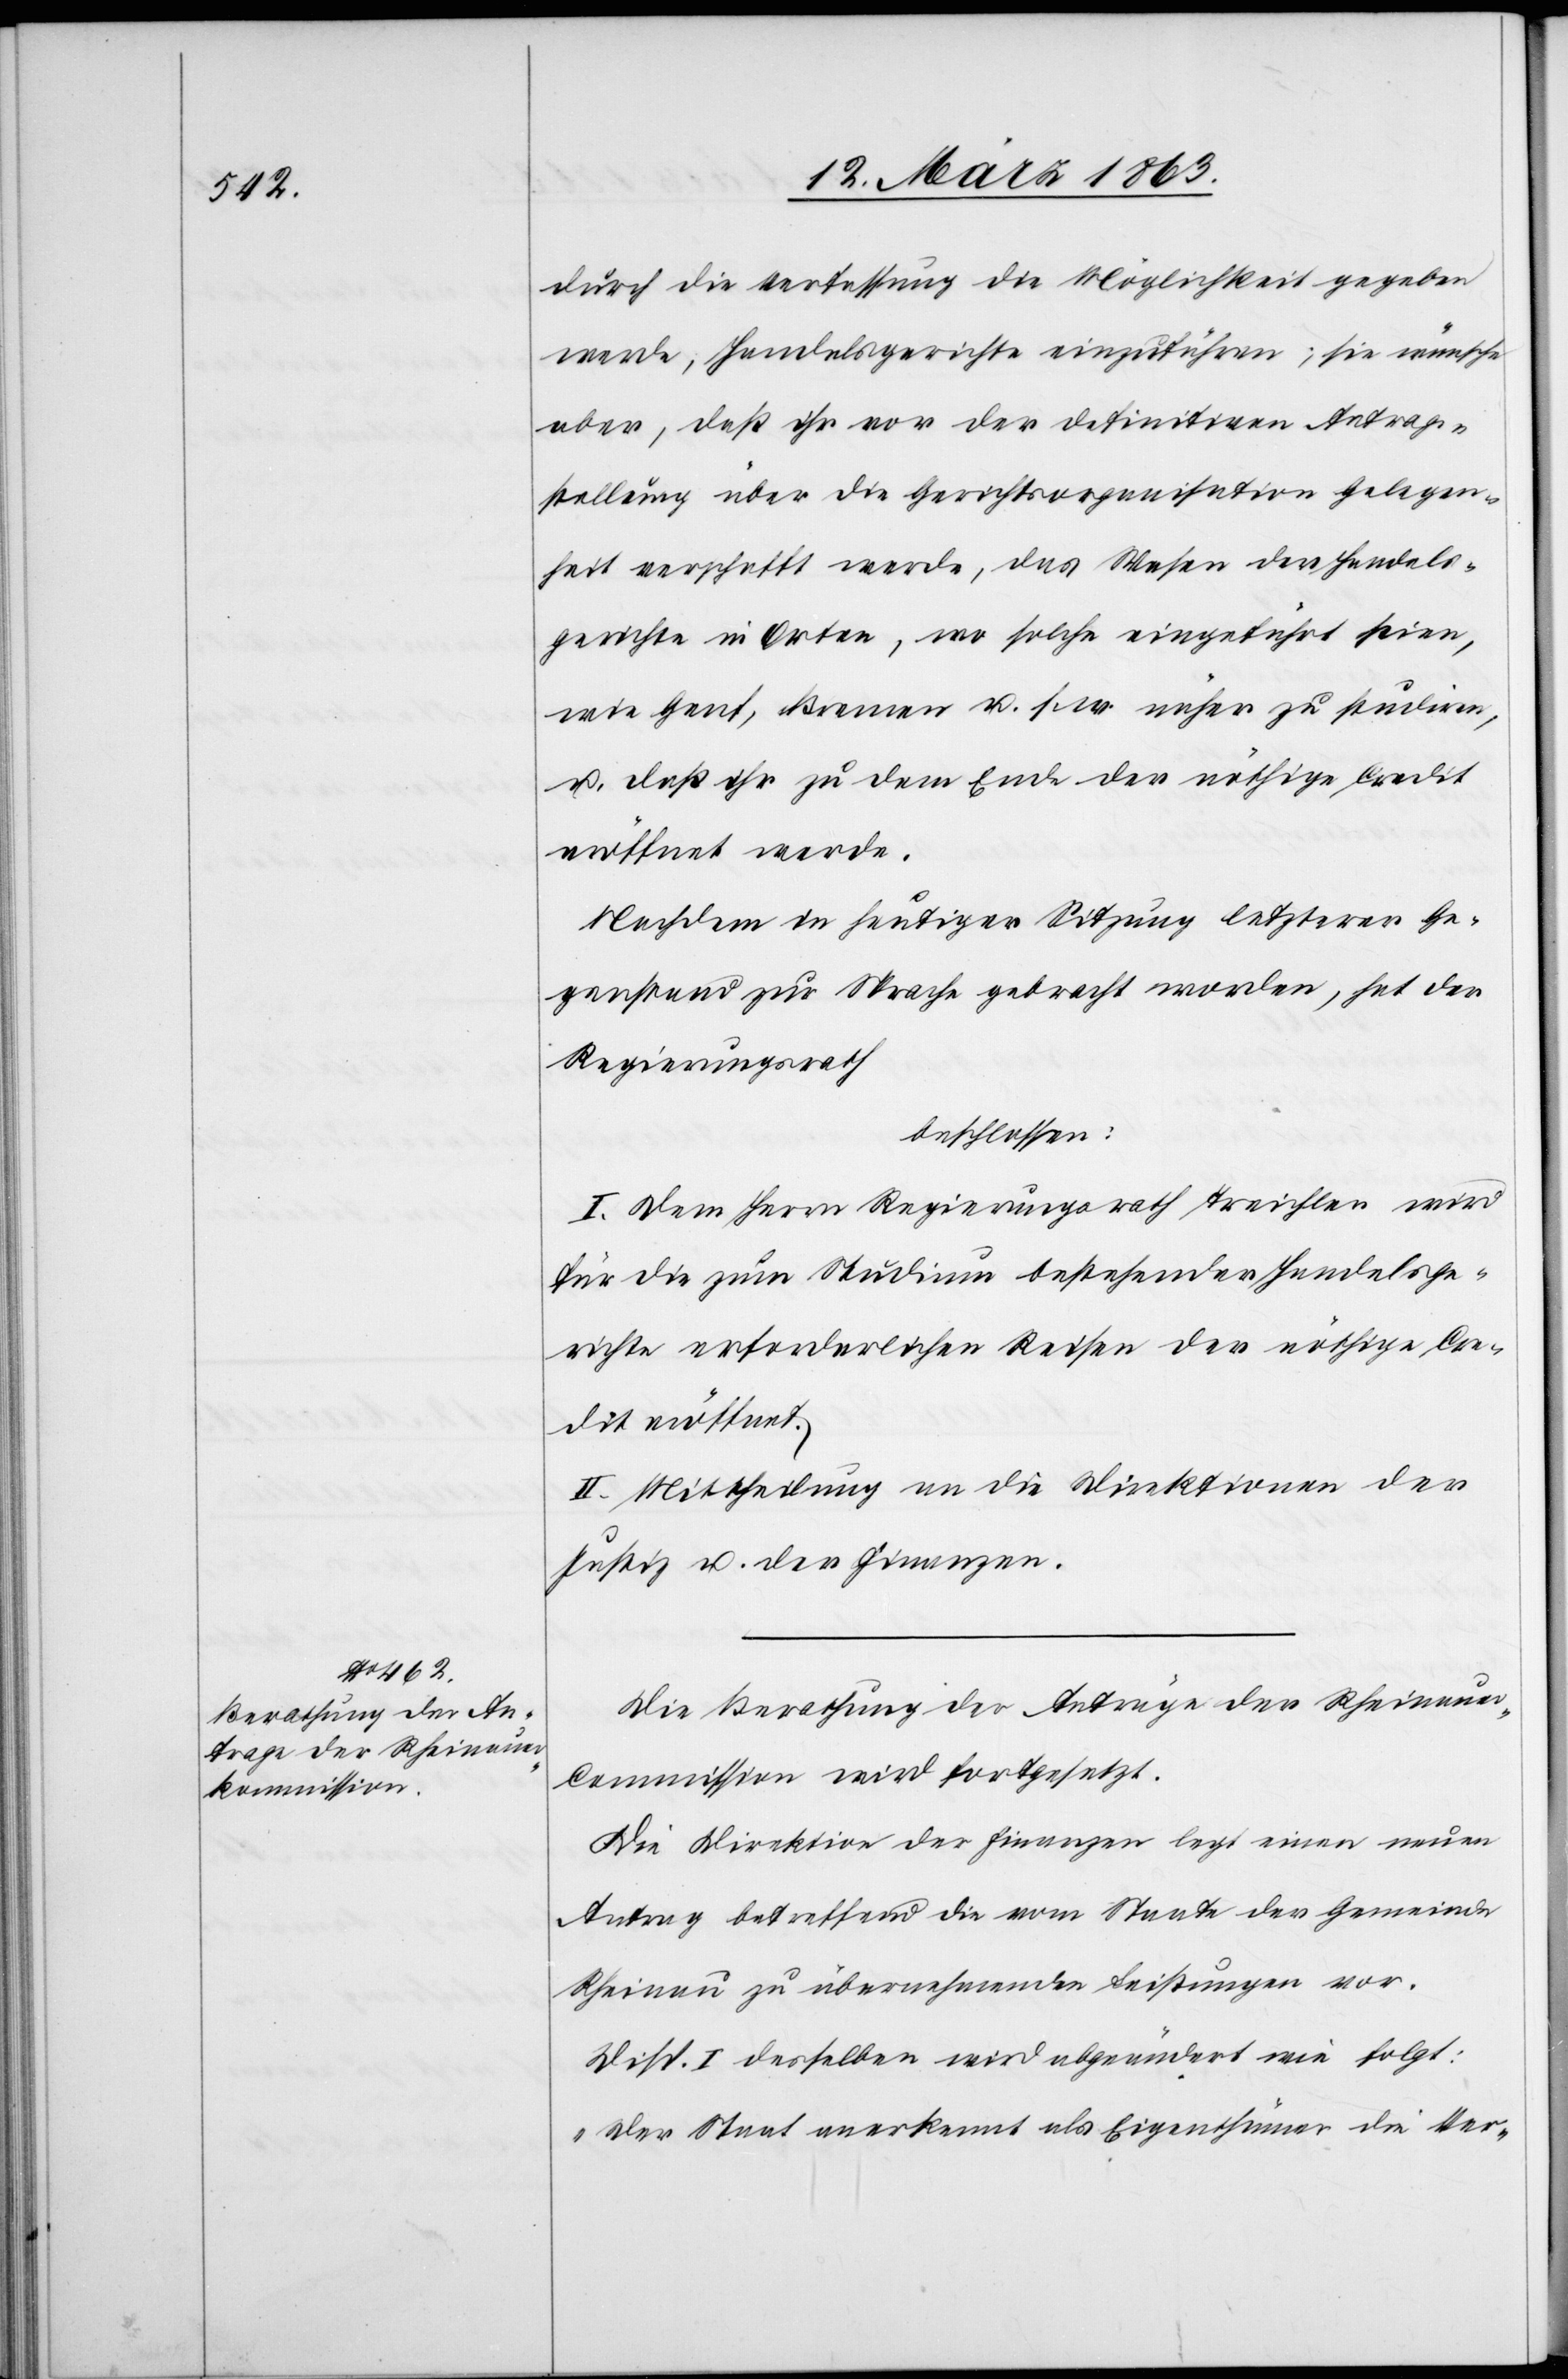
durch die Verfassung die Möglichkeit gegeben
werde, Handelsgerichte einzuführen; sie wünsche
aber, daß ihr vor der definitiven Antrag¬
stellung über die Gerichtsorganisation Gelegen¬
heit verschafft werde, das Wesen der Handels¬
gerichte in Orten, wo solche eingeführt seien,
wie Genf, Bremen u. s. w. näher zu studiren,
u. daß ihr zu dem Ende der nöthige Credit
eröffnet werde.
Nachdem in heutiger Sitzung letzterer Ge¬
genstand zur Sprache gebracht worden, hat der
Regierungsrath
beschlossen:
I. Dem Herrn Regierungsrath Treichler wird
für die zum Studium bestehender Handelsge¬
richte erforderlichen Reisen der nöthige Cre¬
dit eröffnet.
II. Mittheilung an die Direktionen der
Justiz u. der Finanzen.
Die Berathung der Anträge der Rheinaue¬
r-Commission wird fortgesetzt.
Die Direktion der Finanzen legt einen neuen
Antrag betreffend die vom Staate der Gemeinde
Rheinau zu übernehmenden Leistungen vor.
Disp. I desselben wird abgeändert wie folgt:
„Der Staat anerkennt als Eigenthümer die Ver-